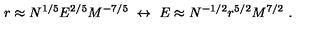
r \approx N ^ { 1 / 5 } E ^ { 2 / 5 } M ^ { - 7 / 5 } \ \leftrightarrow \ E \approx N ^ { - 1 / 2 } r ^ { 5 / 2 } M ^ { 7 / 2 } \ .